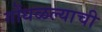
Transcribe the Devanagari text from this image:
गोंधळल्याची